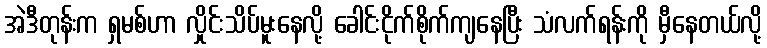
အဲဒီတုန်းက ရှမစ်ဟာ လှိုင်းသိပ်မူးနေလို့ ခေါင်းငိုက်စိုက်ကျနေပြီး သံလက်ရန်းကို မှီနေတယ်လို့